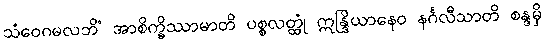
သံဝေဂမလဘိံ အာစိက္ခိဿာမာတိ ပစ္စလတ္ထုံ ဣန္ဒြိယာနေဝ နင်္ဂလီသာတိ စန္ဒမှိ